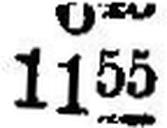
1155